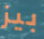
بيز